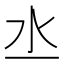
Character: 𣱲